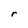
Character: r